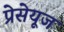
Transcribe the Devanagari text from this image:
प्रेसेयूज